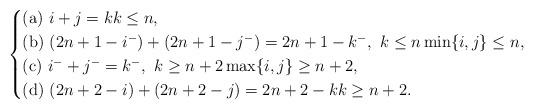
LaTeX: \begin{align*} \begin{cases}{\rm (a)} \ i+j=k k \le n, \\{\rm (b)} \ (2n+1-i^-)+(2n+1-j^-)=2n+1-k^-, \ k \le n \min\{ i,j\} \le n, \\{\rm (c)} \ i^-+j^-=k^-, \ k \ge n+2 \max\{ i,j \} \ge n+2, \\{\rm (d)} \ (2n+2-i)+(2n+2-j)=2n+2-k k \ge n+2.\end{cases}\end{align*}